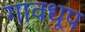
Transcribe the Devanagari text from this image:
गावधूप